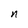
Character: n